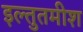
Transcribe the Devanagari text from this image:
इल्तुतमीश